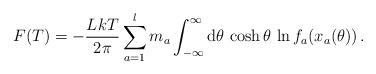
LaTeX: \begin{align*} F(T)=-\frac{LkT}{2\pi } \sum_{a=1}^l m_a \int_{-\infty}^{\infty} {\rm d}\theta \, \cosh \theta \, \ln f_{a} (x_a (\theta)) \, .\end{align*}